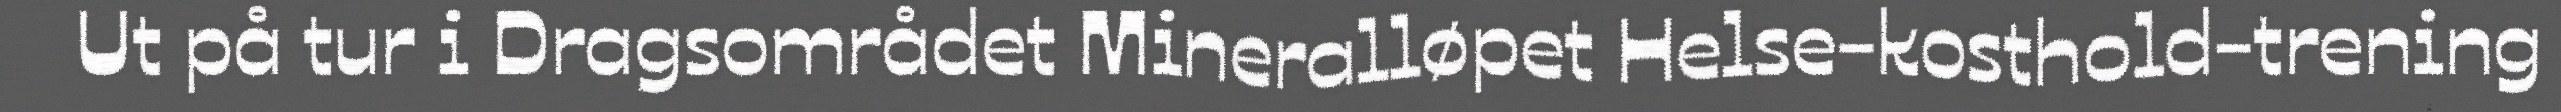
Ut på tur i Dragsområdet Mineralløpet Helse-kosthold-trening